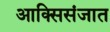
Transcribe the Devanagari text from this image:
आक्सिसंजात